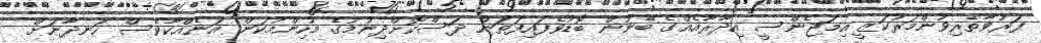
ފަރުވާތެރިވުންމަރުކަޒީ އިމަޖެންސީ އިދާރާއެއްގެ ބޭނުން ބޮޑުވެފައިފަތަން ދަސްކޮށްދިނުމުގެ މުހިންމުކަން އަނެއްކާވެސް ހަނދާނަށް